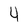
Character: 4